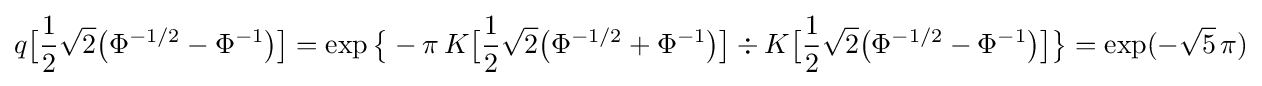
q{\bigl [}{\frac {1}{2}}{\sqrt {2}}{\bigl (}\Phi ^{-1/2}-\Phi ^{-1}{\bigr )}{\bigr ]}=\exp {\bigl \{}-\pi \,K{\bigl [}{\frac {1}{2}}{\sqrt {2}}{\bigl (}\Phi ^{-1/2}+\Phi ^{-1}{\bigr )}{\bigr ]}\div K{\bigl [}{\frac {1}{2}}{\sqrt {2}}{\bigl (}\Phi ^{-1/2}-\Phi ^{-1}{\bigr )}{\bigr ]}{\bigr \}}=\exp(-{\sqrt {5}}\,\pi )